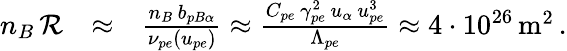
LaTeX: \begin{array}{rlr}{n_{B}\, {\cal R}}&{\approx}&{\frac{n_{B}\, b_{pB\alpha}}{\nu_{pe}\left(u_{pe}\right)}\approx\frac{C_{pe}\, \gamma_{pe}^{2}\, u_{\alpha}\, u_{pe}^{3}}{\Lambda_{pe}}\approx 4\cdot 10^{26}\, \mathrm{m}^{2}\, .}\end{array}